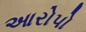
આરોપો